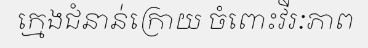
ក្មេងជំនាន់ក្រោយ ចំពោះវីរៈភាព